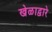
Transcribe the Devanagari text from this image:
खेळाद्वारे